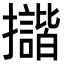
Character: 𢹆